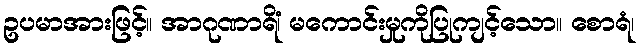
ဥပမာအားဖြင့်။ အာဂုဏာရိံ၊ မကောင်းမှုကိုပြုကျင့်သော။ စောရံ၊